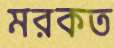
মরকত